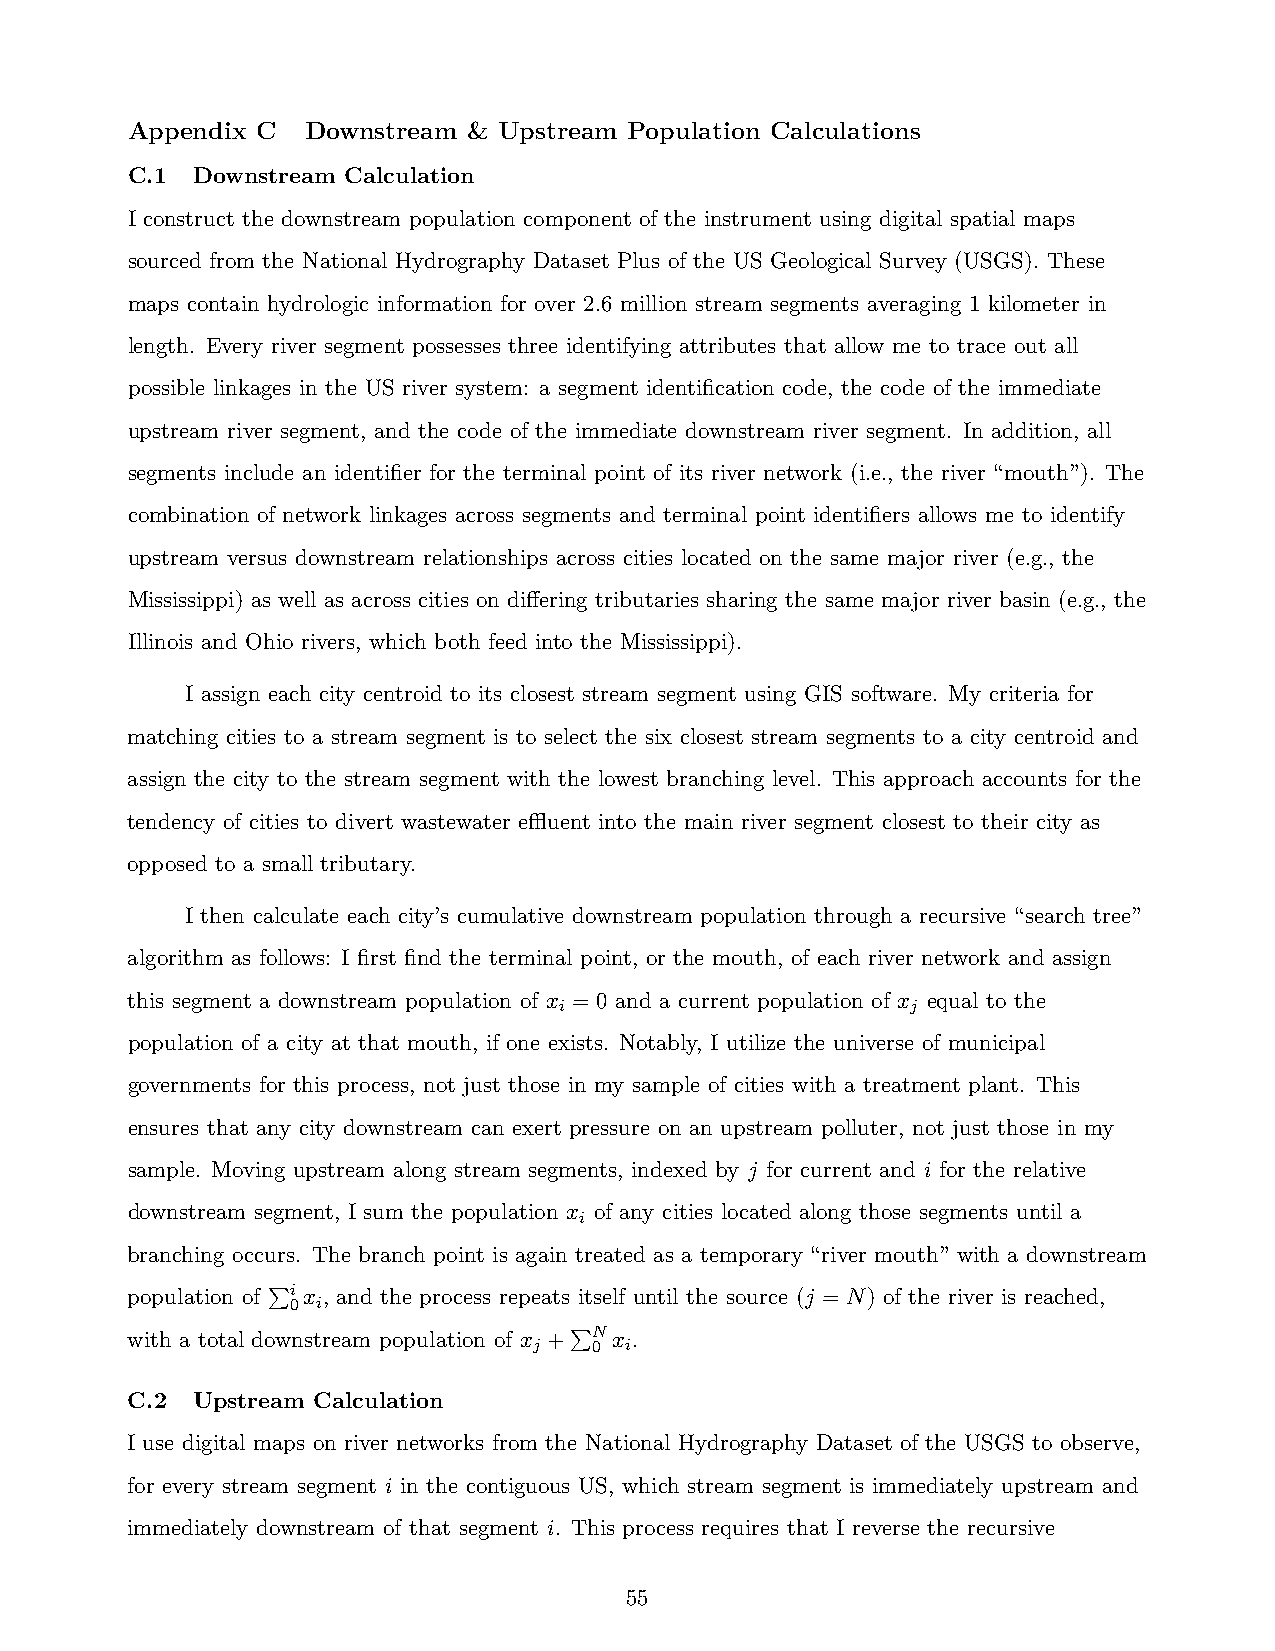
Appendix C  Downstream & Upstream Population Calculations
 C.1  Downstream Calculation
 I construct the downstream population component of the instrument using digital spatial maps
 sourced from the National Hydrography Dataset Plus of the US Geological Survey (USGS). These
 maps contain hydrologic information for over 2.6 million stream segments averaging 1 kilometer in
 length. Every river segment possesses three identifying attributes that allow me to trace out all
 possible linkages in the US river system: a segment identification code, the code of the immediate
 upstream river segment, and the code of the immediate downstream river segment. In addition, all
 segments include an identifier for the terminal point of its river network (i.e., the river “mouth”). The
 combination of network linkages across segments and terminal point identifiers allows me to identify
 upstream versus downstream relationships across cities located on the same major river (e.g., the
 Mississippi) as well as across cities on differing tributaries sharing the same major river basin (e.g., the
 Illinois and Ohio rivers, which both feed into the Mississippi).
 I assign each city centroid to its closest stream segment using GIS software. My criteria for
 matching cities to a stream segment is to select the six closest stream segments to a city centroid and
 assign the city to the stream segment with the lowest branching level. This approach accounts for the
 tendency of cities to divert wastewater effluent into the main river segment closest to their city as
 opposed to a small tributary.
 I then calculate each city’s cumulative downstream population through a recursive “search tree”
 algorithm as follows: I first find the terminal point, or the mouth, of each river network and assign
 this segment a downstream population of x = 0 and a current population of x equal to the
 i                      j
 population of a city at that mouth, if one exists. Notably, I utilize the universe of municipal
 governments for this process, not just those in my sample of cities with a treatment plant. This
 ensures that any city downstream can exert pressure on an upstream polluter, not just those in my
 sample. Moving upstream along stream segments, indexed by j for current and i for the relative
 downstream segment, I sum the population x of any cities located along those segments until a
 i
 branching occurs. The branch point is again treated as a temporary “river mouth” with a downstream
 population of Pi x , and the process repeats itself until the source (j = N) of the river is reached,
 0 i
 with a total downstream population of x +PN x .
 j   0 i
 C.2  Upstream Calculation
 I use digital maps on river networks from the National Hydrography Dataset of the USGS to observe,
 for every stream segment i in the contiguous US, which stream segment is immediately upstream and
 immediately downstream of that segment i. This process requires that I reverse the recursive
 55